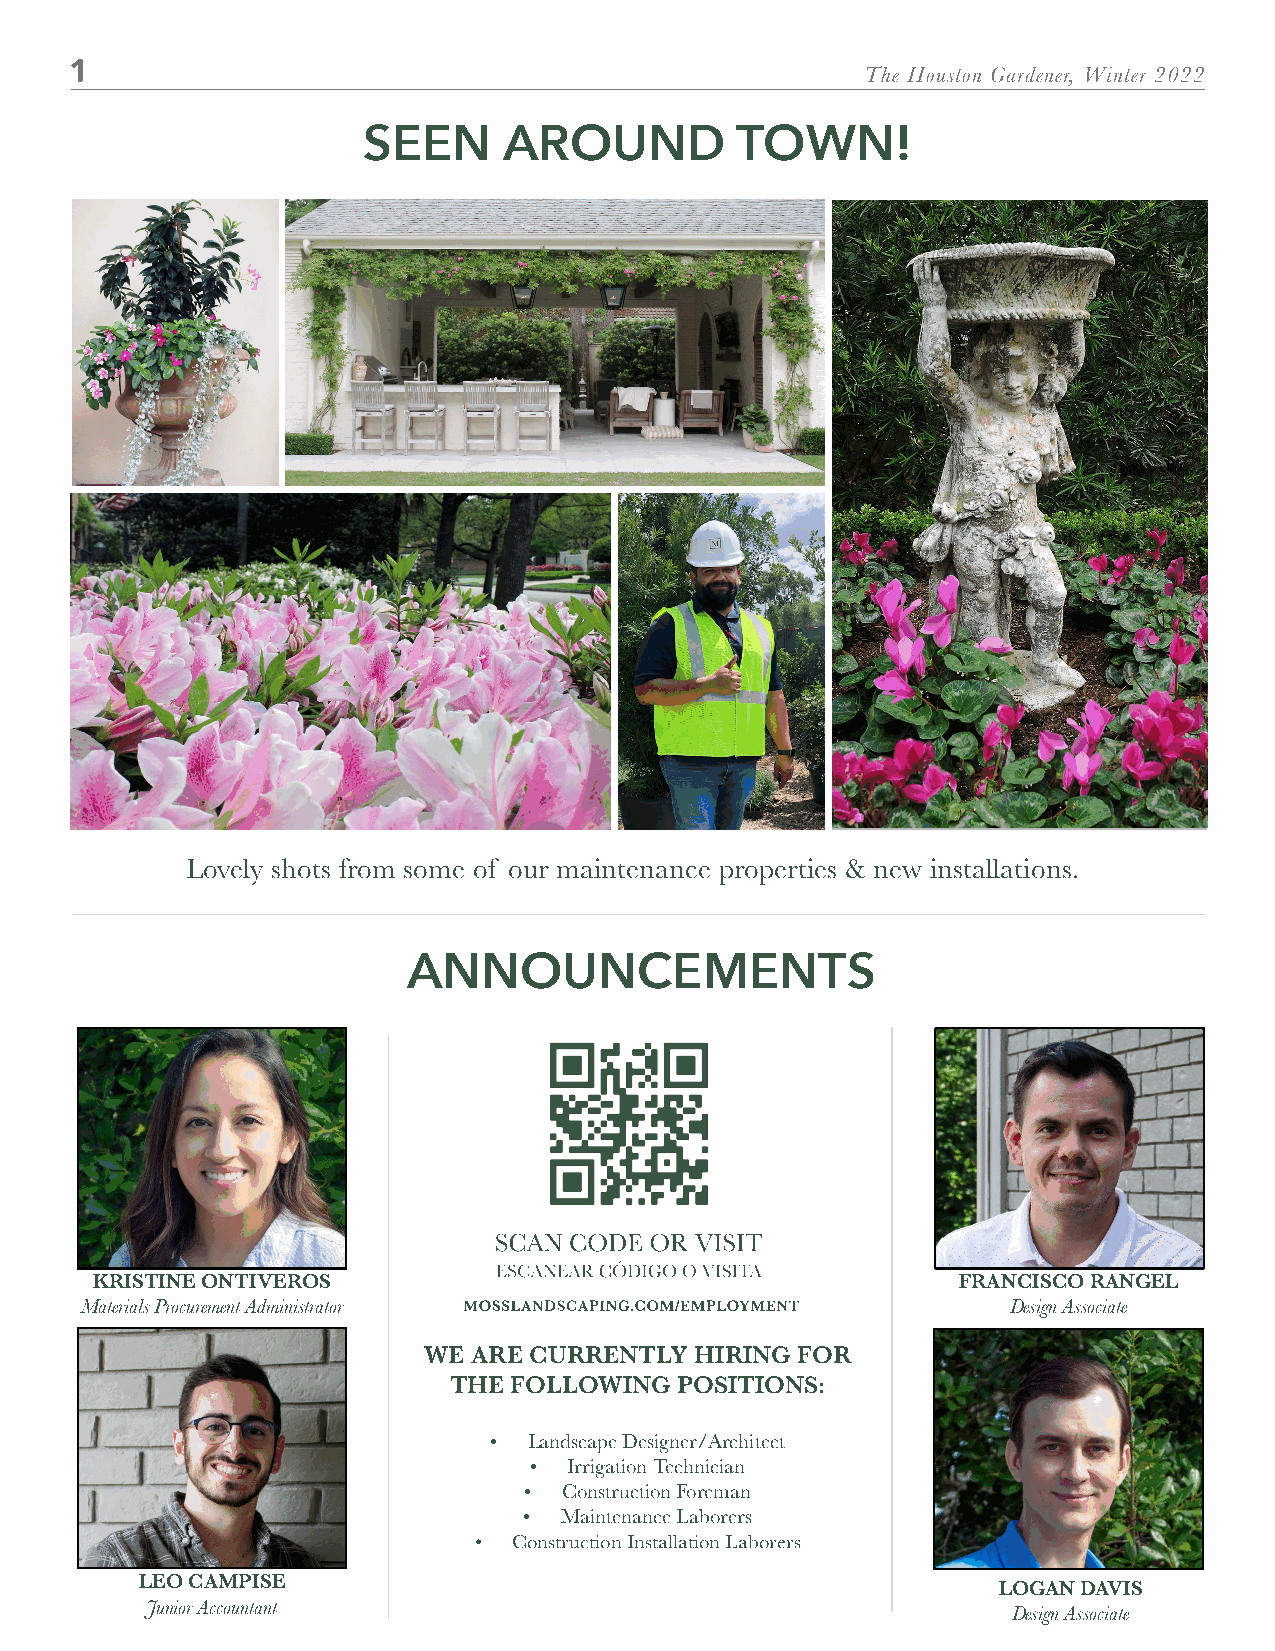
The Houston Gardener, Winter 2022
 SEEN     AROUND          TOWN!
 Lovely shots from some of our maintenance properties & new installations.
 ANNOUNCEMENTS
 KRISTINE ONTIVEROS                                       FRANCISCO RANGEL
 Materials Procurement Administrator                           Design Associate
 WE ARE CURRENTLY  HIRING FOR
 THE FOLLOWING  POSITIONS:
 •  Landscape Designer/Architect
 •  Irrigation Technician
 FOR THE ENJOYMENT OF ALL HOUSTONIANS
 • Construction Foreman
 • Maintenance Laborers
 •  Construction Installation Laborers
 LEO CAMPISE                                              LOGAN DAVIS
 Junior Accountant                                        Design Associate